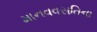
માનવવસતિના